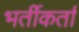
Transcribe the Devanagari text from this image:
भर्तीकर्ता